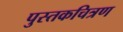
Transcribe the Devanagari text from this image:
पुस्तकचित्रण